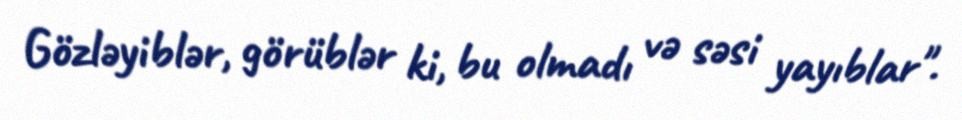
Gözləyiblər, görüblər ki, bu olmadı və səsi yayıblar".